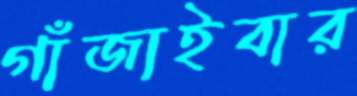
গাঁজাইবার